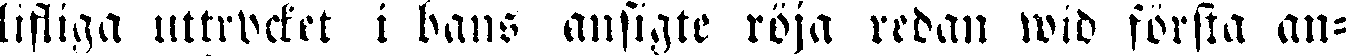
lifliga uttrycket i hans ansigte röja redan wid första an-